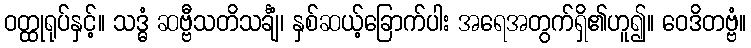
ဝတ္ထုရုပ်နှင့်။ သဒ္ဓံ ဆဗ္ဗီသတိသင်္ချံ၊ နှစ်ဆယ့်ခြောက်ပါး အရေအတွက်ရှိ၏ဟူ၍။ ဝေဒိတဗ္ဗံ။